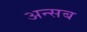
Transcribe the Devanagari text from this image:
अन्सब